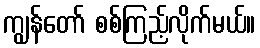
ကျွန်တော် စစ်ကြည့်လိုက်မယ်။